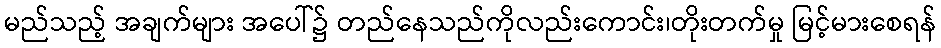
မည်သည့် အချက်များ အပေါ်၌ တည်နေသည်ကိုလည်းကောင်း၊တိုးတက်မှု မြင့်မားစေရန်